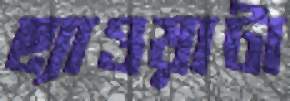
ছ্যাওয়াটা